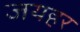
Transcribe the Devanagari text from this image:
जयहर